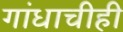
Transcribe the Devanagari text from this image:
गांधाचीही